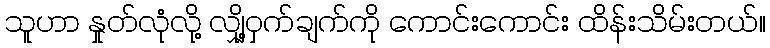
သူဟာ နှုတ်လုံလို့ လျှို့ဝှက်ချက်ကို ကောင်းကောင်း ထိန်းသိမ်းတယ်။